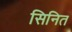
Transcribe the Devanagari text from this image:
सिनित